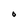
Character: O